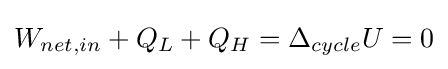
W_{net,in}+Q_{L}+Q_{H}=\Delta _{cycle}U=0